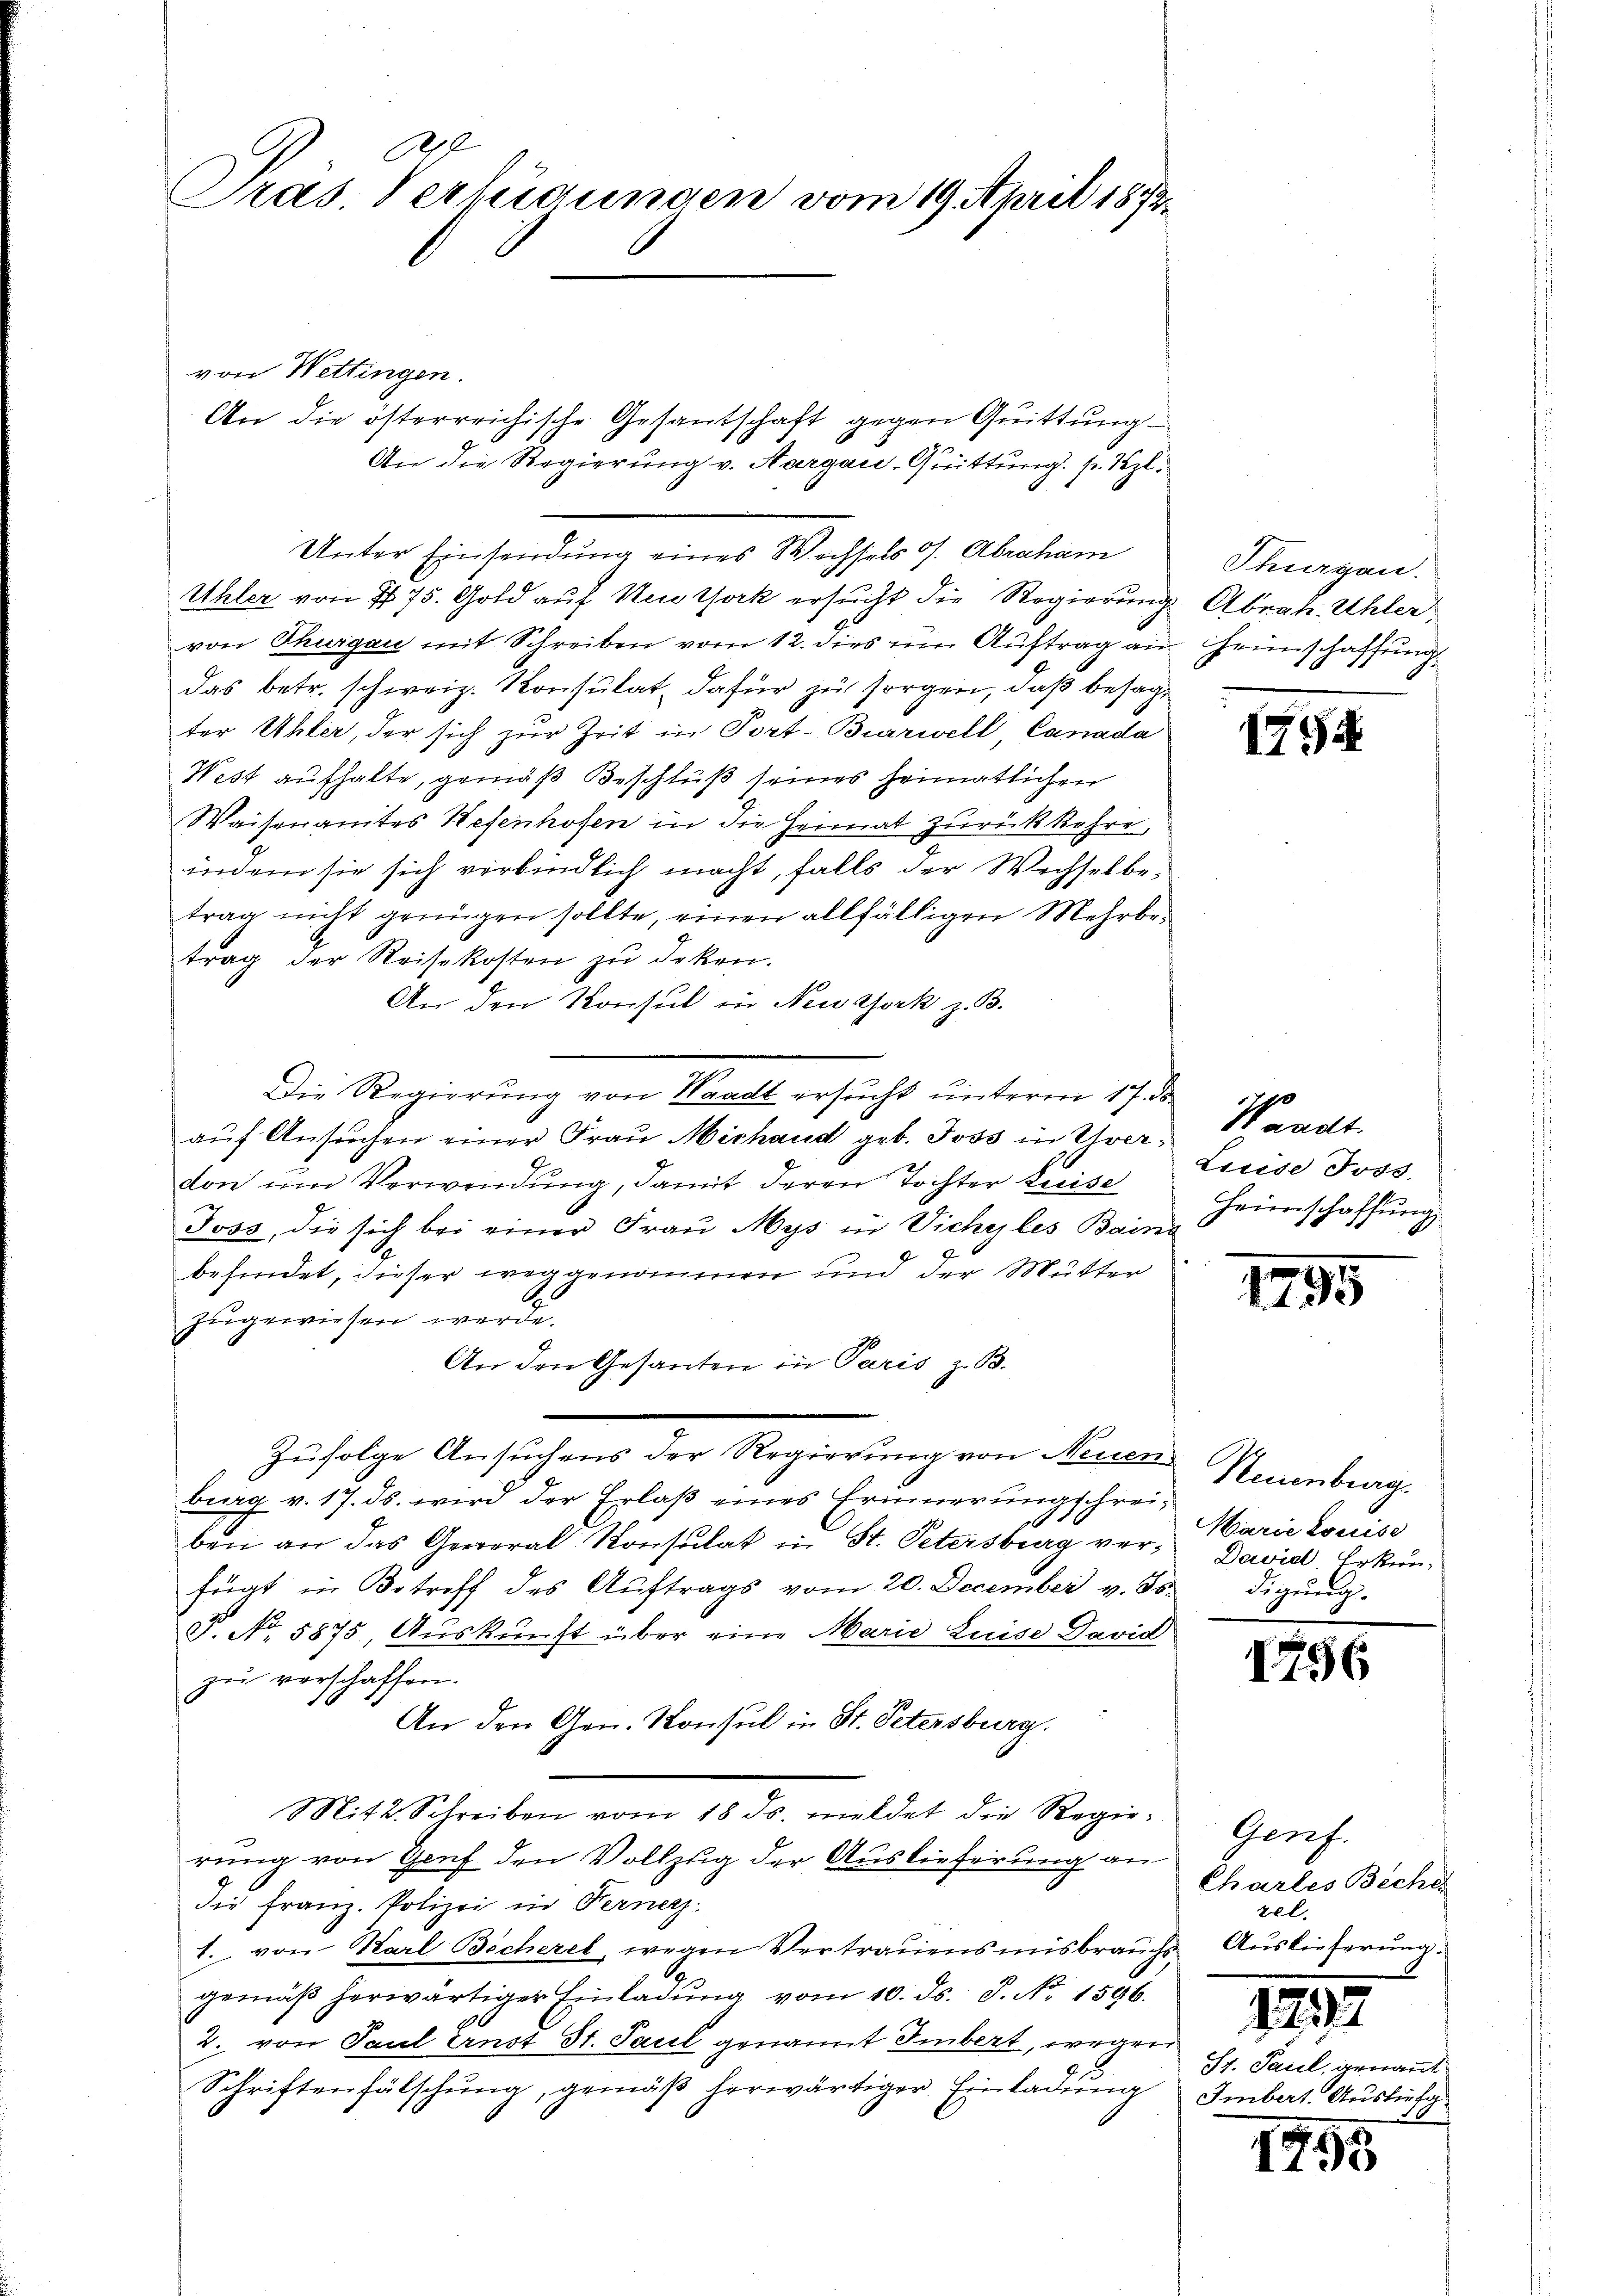
E
Pras. Verleidungen vom 19. April 1873.

Unter Einsendung eines Wechsels s. Abraham
Uhler von 775. Gold auf Nestock ersucht die Regierung Abrah. Uhler
von Thurgau mit Schreiben vom 12. dies im Auftrag an Heimschaffung
das betr. schweiz. Konsulat dafür zu sorgen, daß besage
ter Uhler, der sich zur Zeit in Port-Burrwell, Canada
West aufhalte, gemäß Beschluß seines heimatlichen
Waisenamtes Wesenhofen in die Heimat zurückkehre,
indem sie sich verbindlich macht, falls der Wechsel betrag nicht genügen sollte, einen allfälligen Mehrbetrag der Reisekosten zu deken.
An den Konsul in Newsjork z. B.
Die Regierung von Waadt ersucht unterm 17. ds.
aŭf Ansŭchen einer Fraŭ Michand geb. Joss in Ihrer Waadt
don um Verwendung, damit deren Tochter Kreise
Joss, die sich bei einer Frau Mys in Viche les Bains
befindet, dieser weggenommen und der Mutter
zugewiesen werde.
An den Gesanten in Paris z. B.
Zufolge Ansuchens der Regierung von Neuen
burg v. 17. ds. wird der Erlaß eines Erinnerungschreiben an das General Konsulat in St. Petersburg verfügt in Betreff des Auftrags vom 20. December v. Js. digung.
P. No. 5875, Auskunft über eine Marie Luise David
zu verschaffen.
An den Gen. Konsul in St. Petersburg.
Mit2. Schreiben vom 18. ds. meldet die Regierung von Genf den Vollzug der Auslieferung an
die Franz. Polizei in Ferner
1. von Karl Bicherel, wegen Vertrauensmisbrauchs Auslieferung.
gemäβ herwärtiger Einladŭng vom 10. ds. J. No. 1596.
2. von Scul Ernst St. Paul genannt Imbert, wegen
Schriftenfälschung, gemäß herwärtiger Einladung

von Wettingen.

An die österreichische Gesantschaft gegen Quittung
An die Regierung v. Aargau, Quittung. s. Szl.

Thurgau.

1754

Leide Joss.
Heimschaffung

1795

Neuenburg.
Warie Louise
Daviel, Erkun¬

1756

Genf.
Chartes Bechen
zel.
1297
Sp. Pacel, genannt
Imbert. Auslief

1755